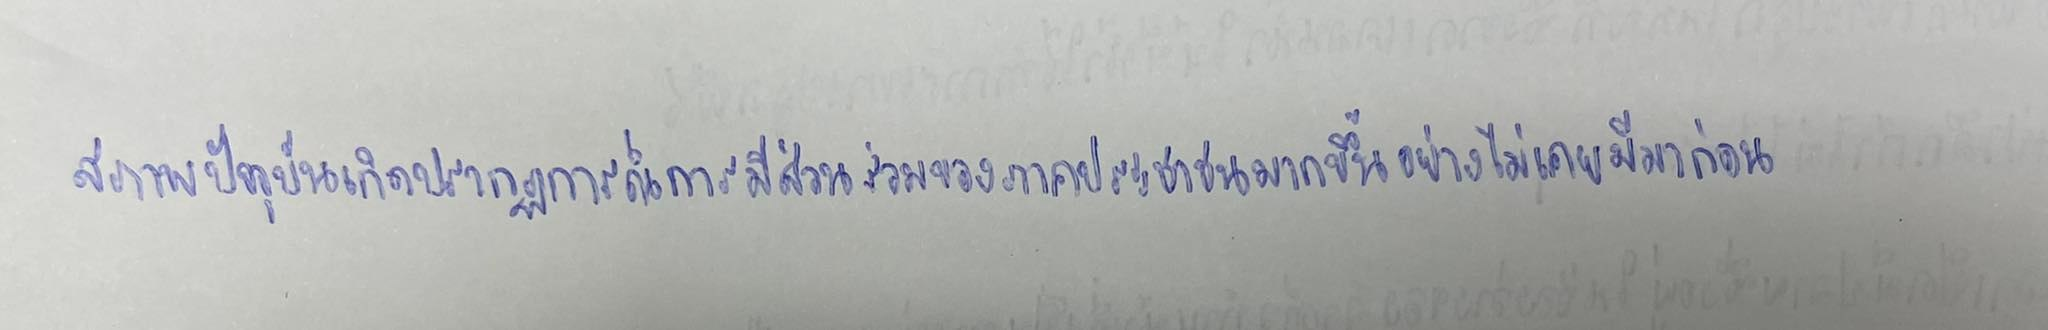
สภาพปัจจุบันเกิดปรากฏการณ์การมีส่วนร่วมของภาคประชาชนมากขึ้นอย่างไม่เคยมีมาก่อน